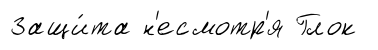
Защи́та н'есмотр'я Глок